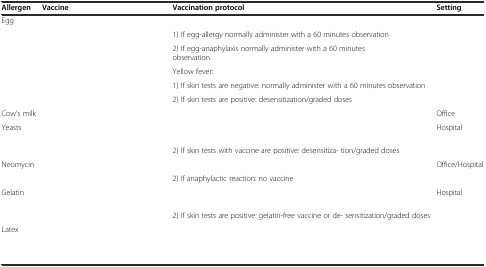
<table><thead><tr><td><b>Allergen</b></td><td><b>Vaccine</b></td><td><b>Vaccination protocol</b></td><td><b>Setting</b></td></tr></thead><tbody><tr><td rowspan="6">Egg</td><td rowspan="6">[EMPTY_CELL]</td><td>[EMPTY_CELL]</td><td>[EMPTY_CELL]</td></tr><tr><td>1) If egg-allergy normally administer with a 60 minutes observation</td><td>[EMPTY_CELL]</td></tr><tr><td>2) If egg-anaphylaxis normally administer with a 60 minutes observation</td><td>[EMPTY_CELL]</td></tr><tr><td>Yellow fever:</td><td>[EMPTY_CELL]</td></tr><tr><td>1) If skin tests are negative: normally administer with a 60 minutes observation</td><td rowspan="2">[EMPTY_CELL]</td></tr><tr><td>2) If skin tests are positive: desensitization/graded doses</td></tr><tr><td>Cow’s milk</td><td>[EMPTY_CELL]</td><td>[EMPTY_CELL]</td><td>Office</td></tr><tr><td rowspan="2">Yeasts</td><td rowspan="2">[EMPTY_CELL]</td><td>[EMPTY_CELL]</td><td rowspan="2">Hospital</td></tr><tr><td>2) If skin tests with vaccine are positive: desensitiza- tion/graded doses</td></tr><tr><td rowspan="2">Neomycin</td><td rowspan="2">[EMPTY_CELL]</td><td>[EMPTY_CELL]</td><td rowspan="2">Office/Hospital</td></tr><tr><td>2) If anaphylactic reaction: no vaccine</td></tr><tr><td rowspan="2">Gelatin</td><td rowspan="2">[EMPTY_CELL]</td><td>[EMPTY_CELL]</td><td rowspan="2">Hospital</td></tr><tr><td>2) If skin tests are positive: gelatin-free vaccine or de- sensitization/graded doses</td></tr><tr><td>Latex</td><td colspan="2">[EMPTY_CELL]</td><td>[EMPTY_CELL]</td></tr></tbody></table>